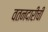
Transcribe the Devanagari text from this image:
वतनदारीची